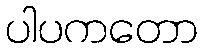
ပါပကတော